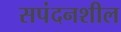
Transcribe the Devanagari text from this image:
सपंदनशील